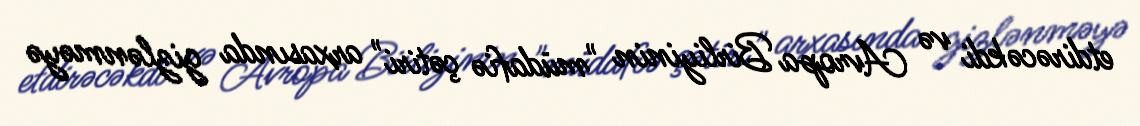
etdirəcəkdi və Avropa Birliyinin "müdafiə çətiri" arxasında gizlənməyə